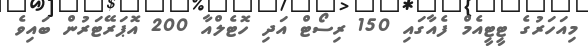
މިއަހަރުގެ ޓީޓީއެމް ފެއާގައި 150 ރިސޯޓް އަދި ހޮޓެލްއާ 200 އޮޕަރޭޓަރުން ބައިވެ